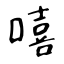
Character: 嘻